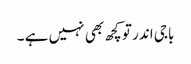
باجی اندر تو کچھ بھی نہیں ہے ۔